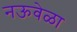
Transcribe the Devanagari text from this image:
नऊवेळा